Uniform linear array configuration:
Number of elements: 32
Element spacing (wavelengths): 0.5
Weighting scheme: hann
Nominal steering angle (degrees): -45
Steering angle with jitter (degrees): -43.571
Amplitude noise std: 0.05
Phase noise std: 0.05

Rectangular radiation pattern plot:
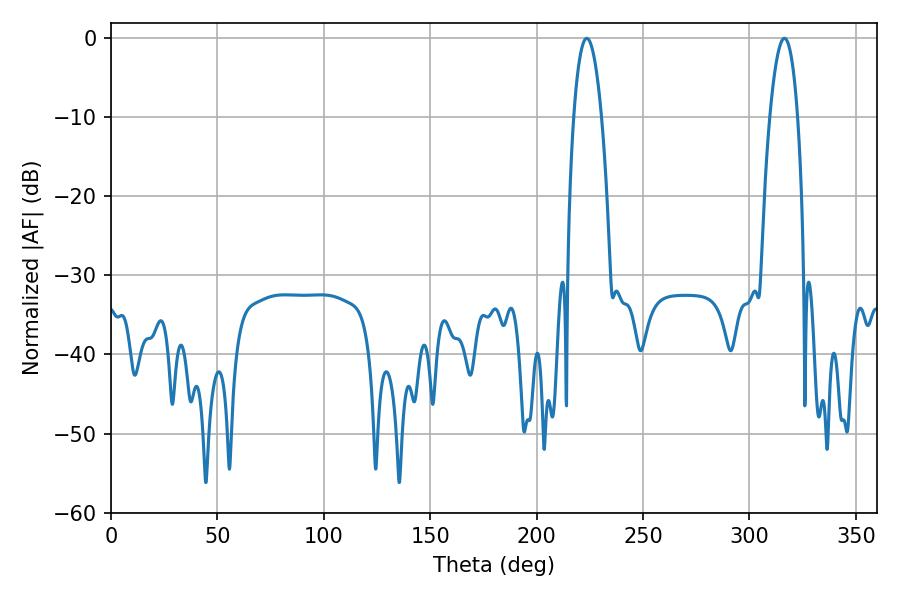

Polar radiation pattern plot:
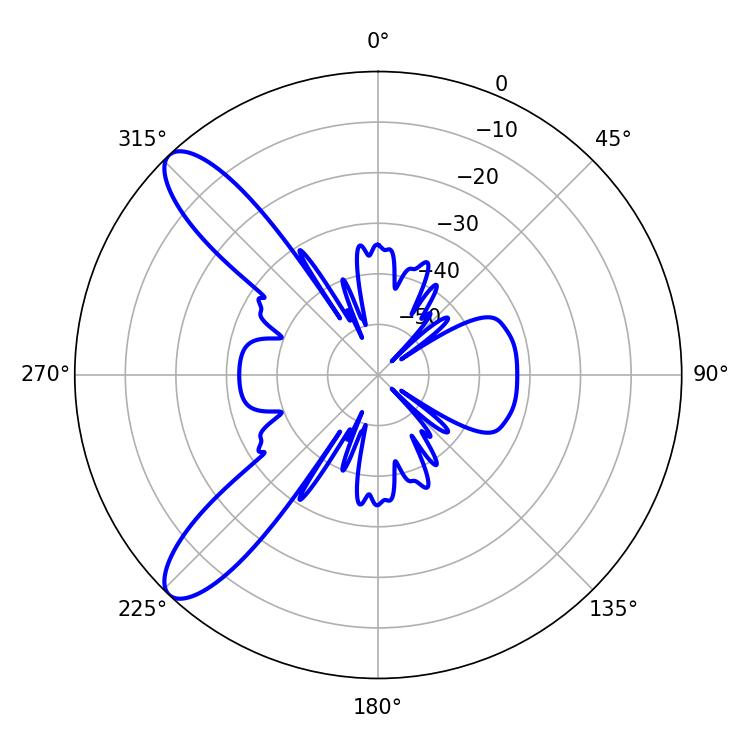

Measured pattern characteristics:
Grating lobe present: FALSE
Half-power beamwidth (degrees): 7.2
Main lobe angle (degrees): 223.56